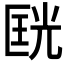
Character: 𱑇